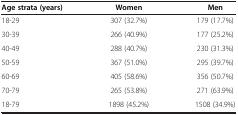
| Age strata (years) | Women | Men |
 | --- | --- | --- |
 | 18-29 | 307 (32.7%) | 179 (17.7%) |
 | 30-39 | 266 (40.9%) | 177 (25.2%) |
 | 40-49 | 288 (40.7%) | 230 (31.3%) |
 | 50-59 | 367 (51.0%) | 295 (39.7%) |
 | 60-69 | 405 (58.6%) | 356 (50.7%) |
 | 70-79 | 265 (53.8%) | 271 (63.9%) |
 | 18-79 | 1898 (45.2%) | 1508 (34.9%) |